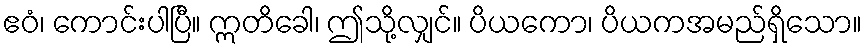
ဧဝံ၊ ကောင်းပါပြီ။ ဣတိခေါ၊ ဤသို့လျှင်။ ပိယကော၊ ပိယကအမည်ရှိသော။